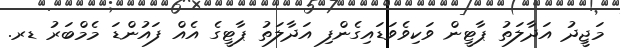
މަޖީދު އަދާލަތު ޕާޓީން ވަކިވެވަޑައިގެންފި އަދާލަތު ޕާޓީގެ އެއް ފައުންޑަ މެމްބަރު ޑރ.